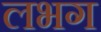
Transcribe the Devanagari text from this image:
लभग